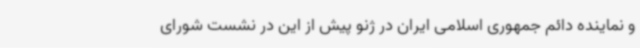
و نماینده دائم جمهوری اسلامی ایران در ژنو پیش از این در نشست شورای